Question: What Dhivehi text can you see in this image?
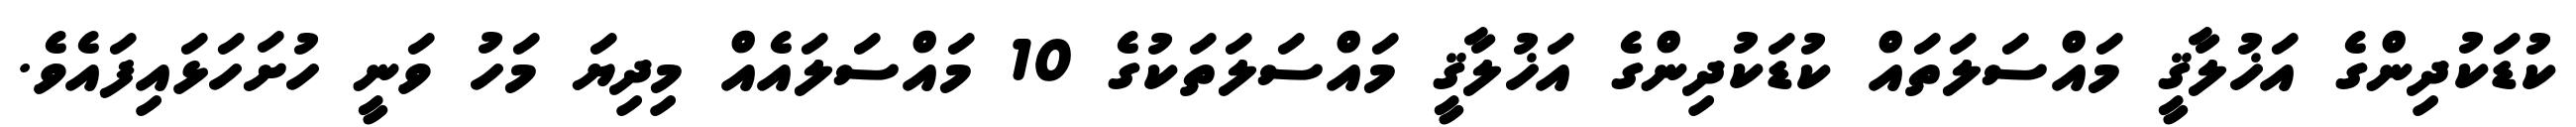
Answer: ކުޑަކުދިންގެ އަޚުލާޤީ މައްސަލަތައް ކުޑަކުދިންގެ އަޚުލާޤީ މައްސަލަތަކުގެ 10 މައްސަލައެއް މިދިޔަ މަހު ވަނީ ހުށަހަޅައިފައެވެ.